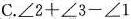
C.$$ \angle 2+\angle 3-\angle 1$$